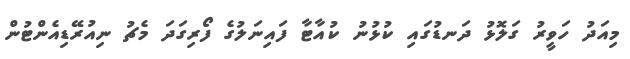
މިއަދު ހަވީރު ގަލޮޅު ދަނޑުގައި ކުޅުނު ކުއާޓާ ފައިނަލުގެ ފޯރިގަދަ މެޗު ނިއުރޭޑިއެންޓުން